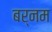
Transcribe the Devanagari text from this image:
बर्नम